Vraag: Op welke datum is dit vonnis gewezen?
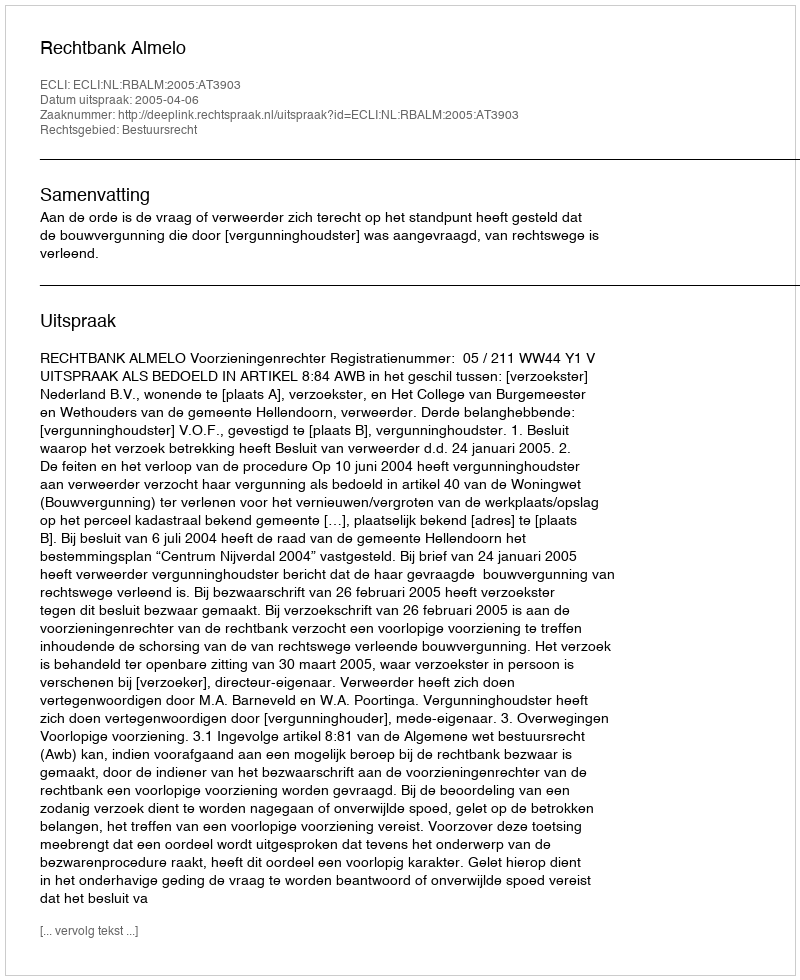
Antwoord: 2005-04-06